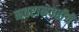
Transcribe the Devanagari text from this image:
नवरानवरीचे